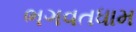
ભગવતધામ